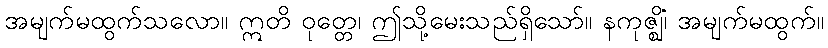
အမျက်မထွက်သလော။ ဣတိ ဝုတ္တေ၊ ဤသို့မေးသည်ရှိသော်။ နကုဇ္ဈိံ၊ အမျက်မထွက်။